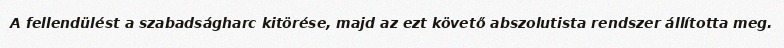
A fellendülést a szabadságharc kitörése, majd az ezt követő abszolutista rendszer állította meg.